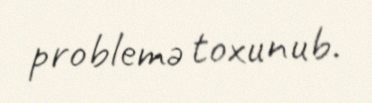
problemə toxunub.